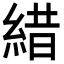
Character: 𦁎